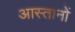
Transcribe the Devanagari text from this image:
आस्तानों